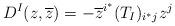
LaTeX: \begin{align*}D^I(z,\overline z)=-\overline z^{i^*}(T_I)_{i^*j}z^j\end{align*}